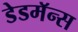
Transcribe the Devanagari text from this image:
डेडमॅन्स